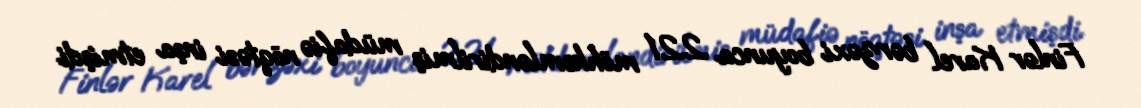
Finlər Karel bərzəxi boyunca 221 möhkəmləndirilmiş müdafiə nöqtəsi inşa etmişdi